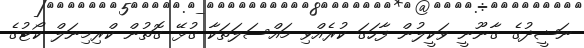
ނަޝީދުގެ ގާނޫނީ ވަކީލުން ފާހަގަ ކުރެއްވި މައްސަލަތަކާ ގުޅޭ ގޮތުން ކްރިމިނަލް ކޯޓުގެ